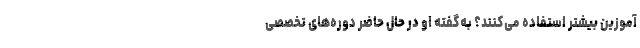
آموزین بیشتر استفاده می‌کنند؟ به‌گفته او در حال حاضر دوره‌های تخصصی